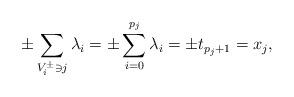
LaTeX: \begin{align*}\pm\sum\limits_{ V_i^\pm\ni j}\lambda_i =\pm\sum\limits_{i=0}^{p_j}\lambda_i=\pm t_{p_j+1}=x_j,\end{align*}